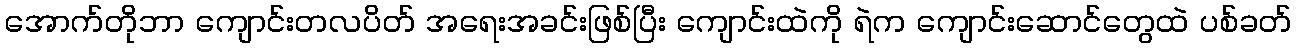
အောက်တိုဘာ ကျောင်းတလပိတ် အရေးအခင်းဖြစ်ပြီး ကျောင်းထဲကို ရဲက ကျောင်းဆောင်တွေထဲ ပစ်ခတ်